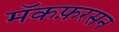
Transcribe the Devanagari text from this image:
मॅकफ़रसन